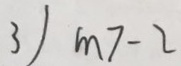
3 ) m > - 2